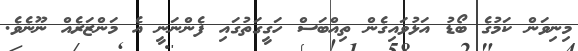
މިނިވަން ކަމުގެ ބޯޑު އަޅުވައިގެން ތިއްބަސް ހަގީގަތުގައި ފެންނަނީ އެ މަންޒަރެއް ނޫނެވެ.